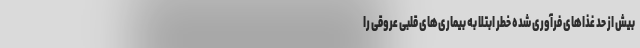
بیش از حد غذا‌های فرآوری شده خطر ابتلا به بیماری‌های قلبی عروقی را